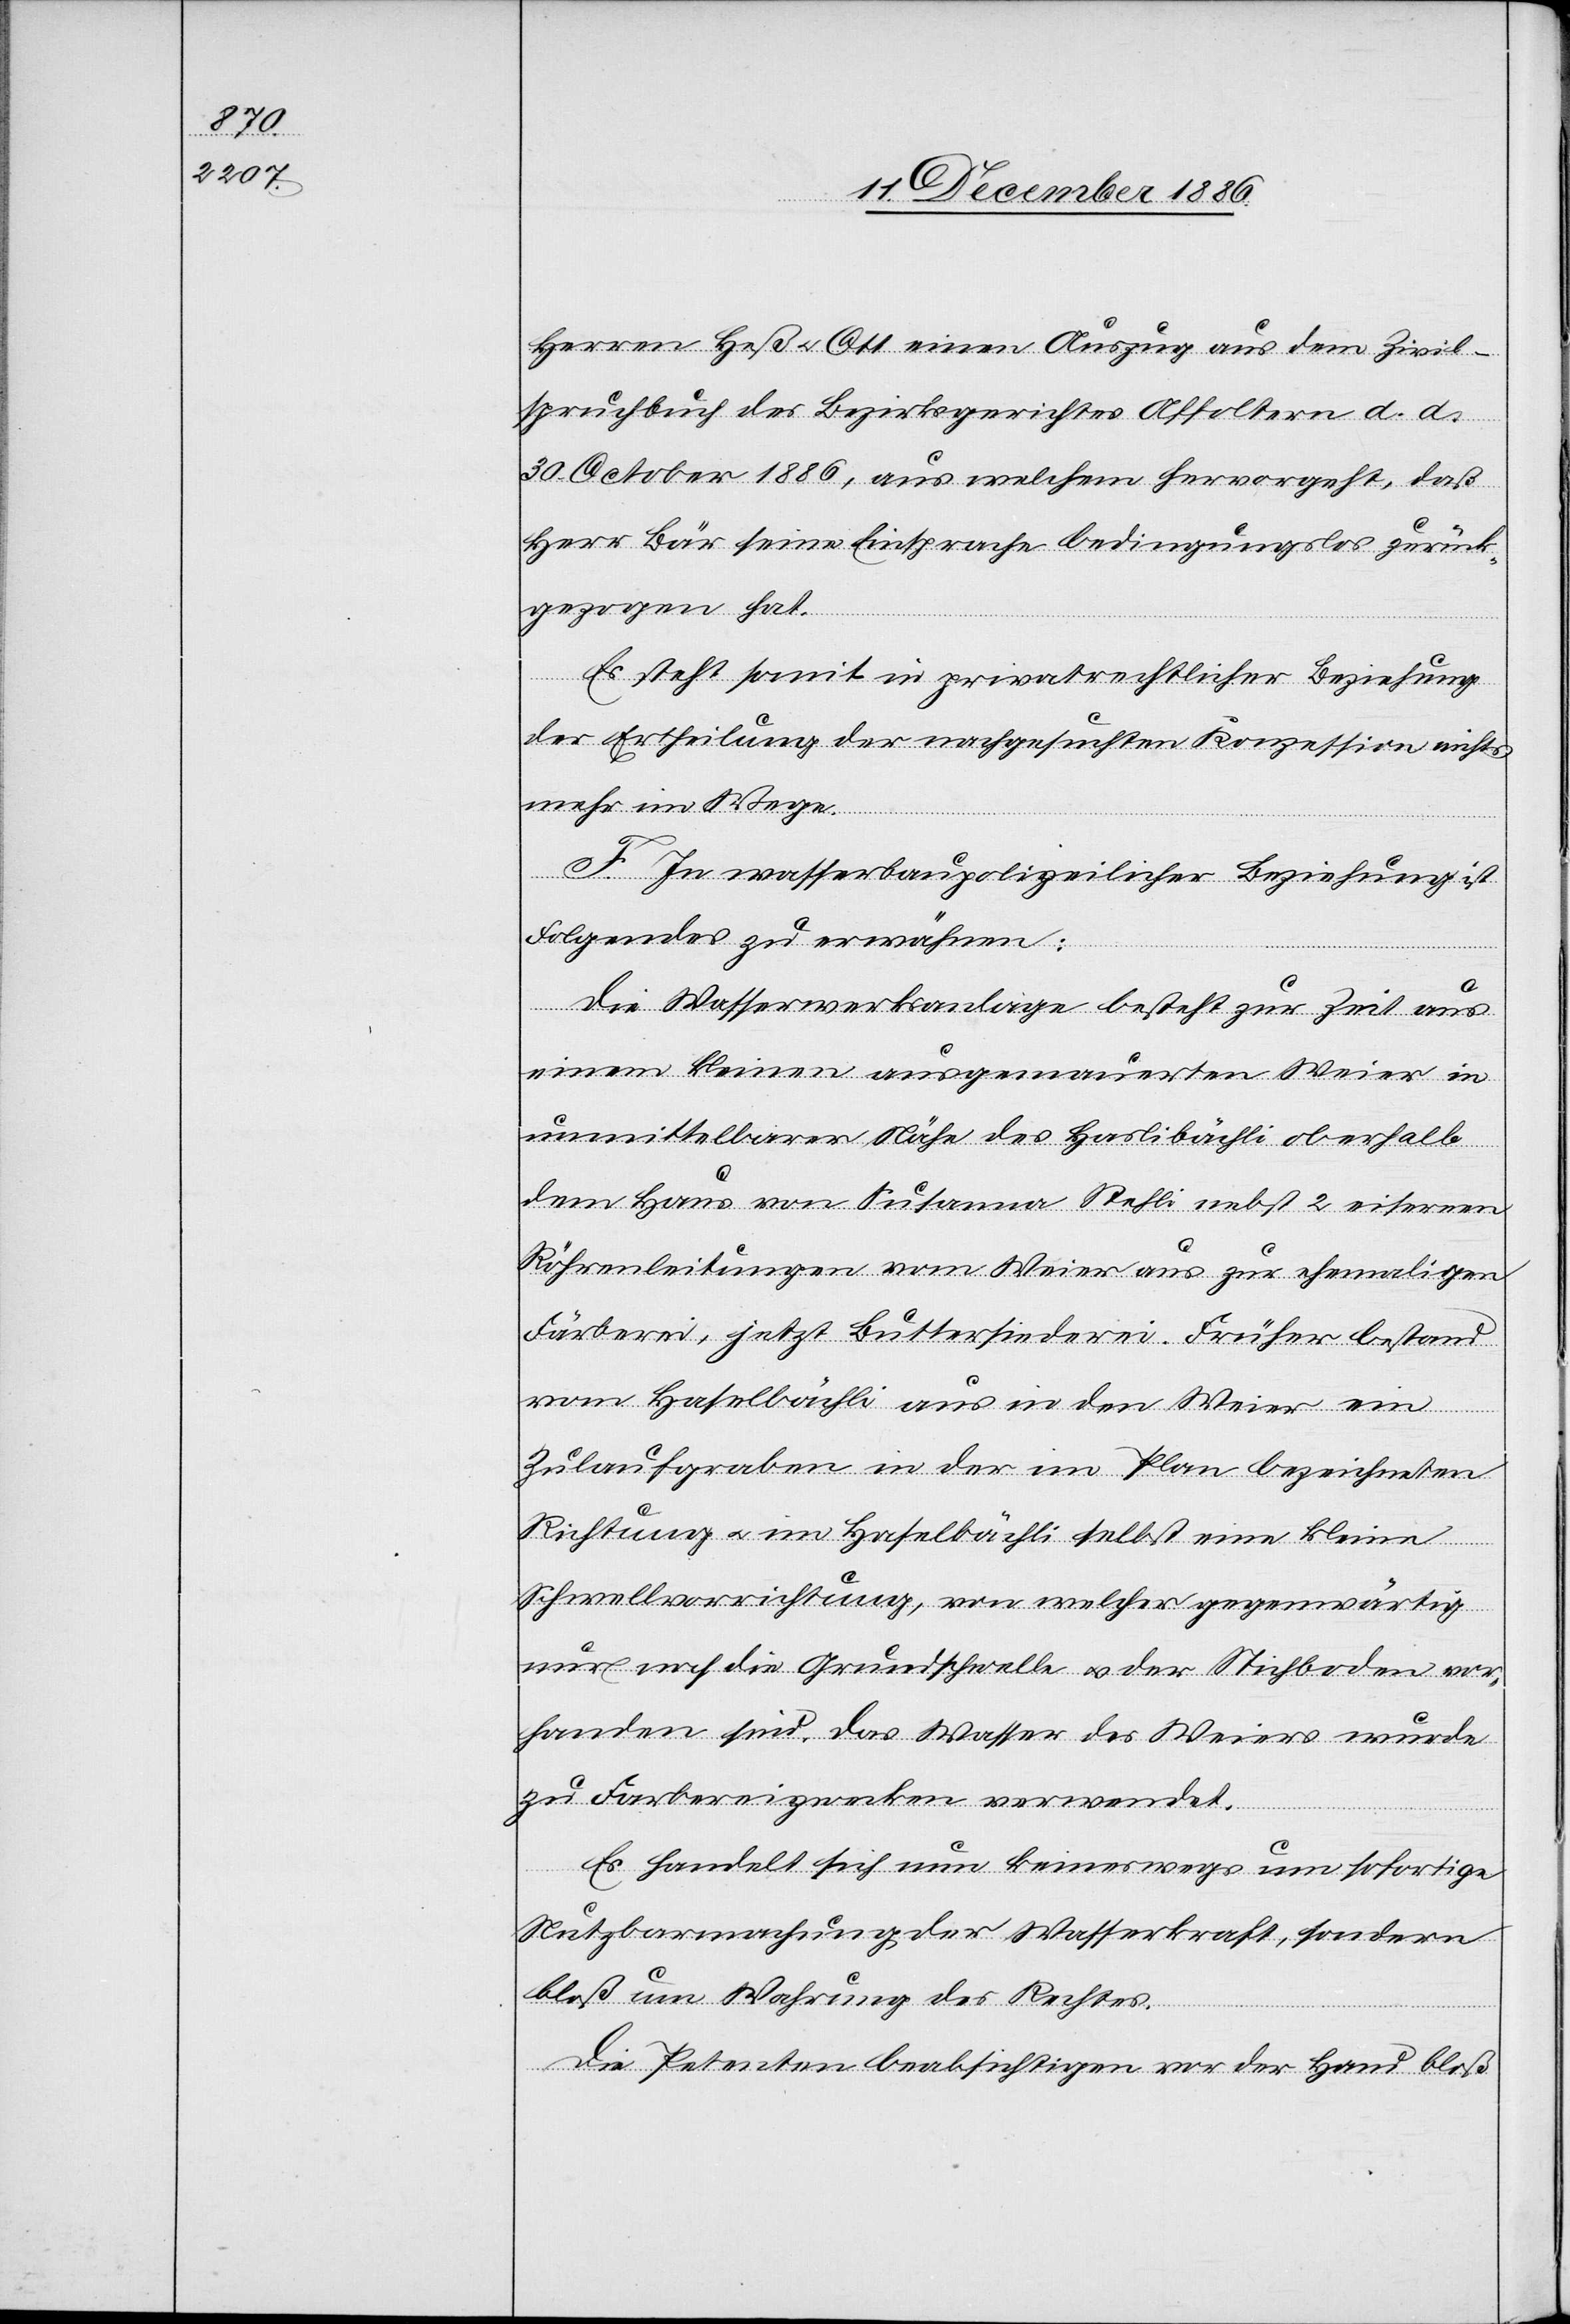
Herren Heß & Ott einen Auszug aus dem Zivil¬
spruchbuch des Bezirksgerichtes Affoltern d. d.
30. October 1886, aus welchem hervorgeht, daß
Herr Bär seine Einsprache bedingungslos zurück¬
gezogen hat.
Es steht somit in privatrechtlicher Beziehung
der Ertheilung der nachgesuchten Konzession nichts
mehr im Wege.
F. In wasserbaupolizeilicher Beziehung ist
Folgendes zu erwähnen:
Die Wasserwerksanlage besteht zur Zeit aus
einem kleinen ausgemauerten Weier in
unmittelbarer Nähe des Haslibächli oberhalb
dem Haus von Susanna Stehli nebst 2 eisernen
Röhrenleitungen vom Weier aus zur ehemaligen
Färberei, jetzt Buttersiederei. Früher bestand
vom Haselbächli aus in den Weier ein
Zulaufgraben in der im Plan bezeichneten
Richtung & im Haselbächli selbst eine kleine
Schwellvorrichtung, von welcher gegenwärtig
nur noch die Grundschwelle & der Stichboden vor¬
handen sind. Das Wasser des Weiers wurde
zu Farbereizwecken [sic!] verwendet.
Es handelt sich nun keineswegs um sofortige
Nutzbarmachung der Wasserkraft, sondern
bloß um Wahrung des Rechtes.
Die Petenten beabsichtigen vor der Hand bloß